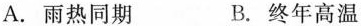
A.雨热同期 B.终年高温